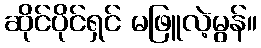
ဆိုင်ပိုင်ရှင် မဖြူလဲ့မွန်။